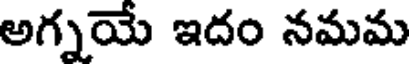
అగ్నయే ఇదం నమమ